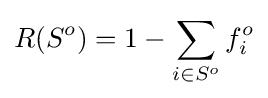
R(S^{o})=1-\sum _{i\in S^{o}}{f_{i}^{o}}